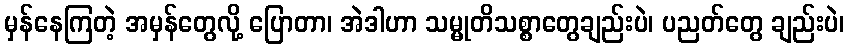
မှန်နေကြတဲ့ အမှန်တွေလို့ ပြောတာ၊ အဲဒါဟာ သမ္မုတိသစ္စာတွေချည်းပဲ၊ ပညတ်တွေ ချည်းပဲ၊